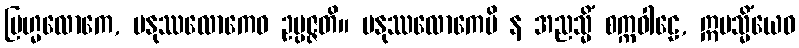
ဗြဟ္မလောကေ, မနုဿလောကေဝ ဥပ္ပဇ္ဇတိ။ မနုဿလောကေပိ န အညသ္မိံ စက္ကဝါဠေ, ဣမသ္မိံယေဝ